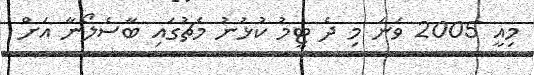
މިއީ 2005 ވަނަ މި ދެ ޓީމު ކުޅުނު މެޗުގައި ބާސެލޯނާ އަށް